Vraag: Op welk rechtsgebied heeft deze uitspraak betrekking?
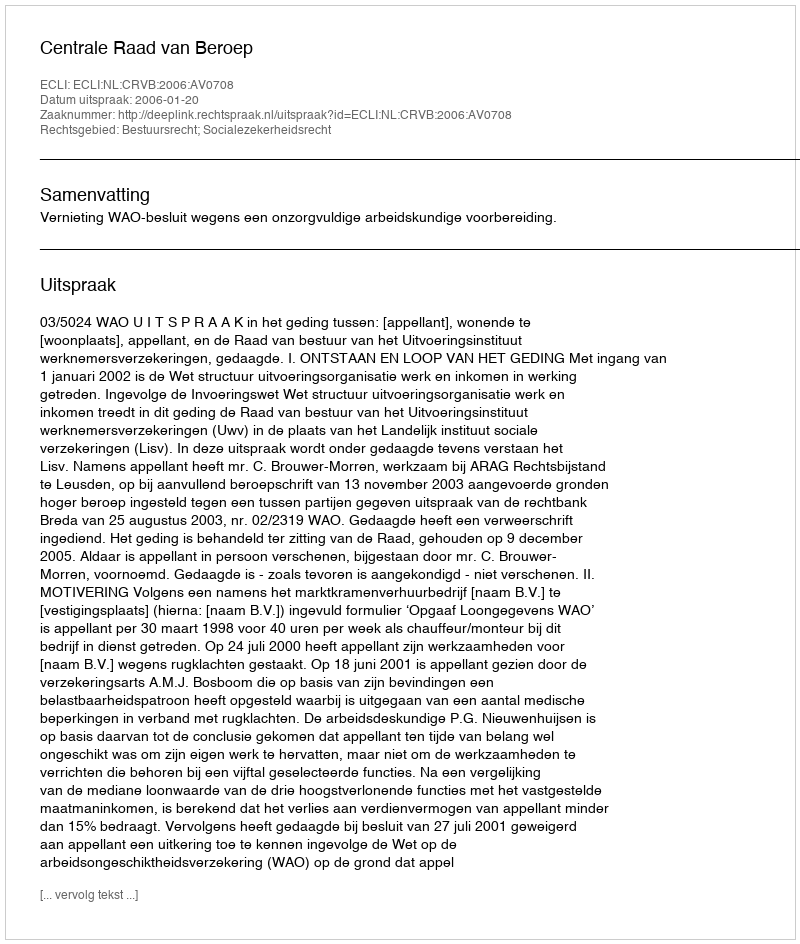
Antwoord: Bestuursrecht; Socialezekerheidsrecht